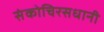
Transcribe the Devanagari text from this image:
संकोचिरसधानी